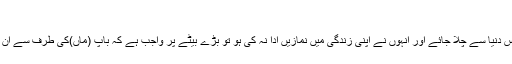
باپ کی قضا نمازیں
اگر انسان کے والدین اس دنیا سے چلا جائے اور انہوں نے اپنی زندگی میں نمازیں ادا نہ کی ہو تو بڑے بیٹے پر واجب ہے کہ باپ (ماں)کی طرف سے ان نمازوں کو قضا کرے۔